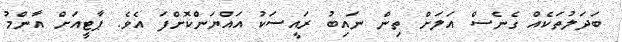
ބަދަލުތަކެއް ގެނެސް އަލަށް ތިން ނައިބު ރައީސަކު އައްޔަންކޮށްފަ އެވެ. ޕާޓީއަށް އާންމު